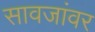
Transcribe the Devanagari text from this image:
सावजांवर